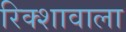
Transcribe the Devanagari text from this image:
रिक्शावाला